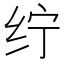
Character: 𱺖